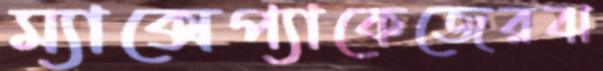
ম্যাক্সেপ্যাকেজেরঝ